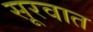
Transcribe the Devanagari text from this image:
सूरवात